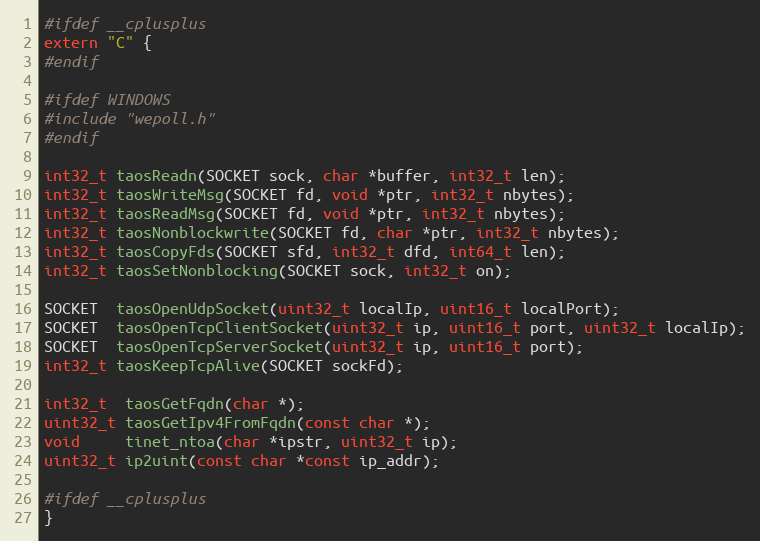
Language: C
#ifdef __cplusplus
extern "C" {
#endif

#ifdef WINDOWS
#include "wepoll.h"
#endif

int32_t taosReadn(SOCKET sock, char *buffer, int32_t len);
int32_t taosWriteMsg(SOCKET fd, void *ptr, int32_t nbytes);
int32_t taosReadMsg(SOCKET fd, void *ptr, int32_t nbytes);
int32_t taosNonblockwrite(SOCKET fd, char *ptr, int32_t nbytes);
int32_t taosCopyFds(SOCKET sfd, int32_t dfd, int64_t len);
int32_t taosSetNonblocking(SOCKET sock, int32_t on);

SOCKET  taosOpenUdpSocket(uint32_t localIp, uint16_t localPort);
SOCKET  taosOpenTcpClientSocket(uint32_t ip, uint16_t port, uint32_t localIp);
SOCKET  taosOpenTcpServerSocket(uint32_t ip, uint16_t port);
int32_t taosKeepTcpAlive(SOCKET sockFd);

int32_t  taosGetFqdn(char *);
uint32_t taosGetIpv4FromFqdn(const char *);
void     tinet_ntoa(char *ipstr, uint32_t ip);
uint32_t ip2uint(const char *const ip_addr);

#ifdef __cplusplus
}